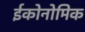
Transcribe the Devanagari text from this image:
ईकोनोमिक